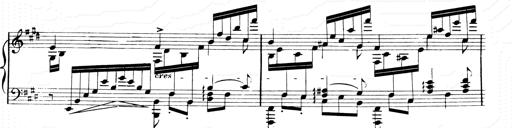
Title: 2 Transcriptions d'aprÃ¨s Rossini
Composer: Franz Liszt